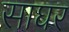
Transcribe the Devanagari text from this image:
साघर